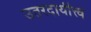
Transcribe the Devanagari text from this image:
उतरदायीत्त्व